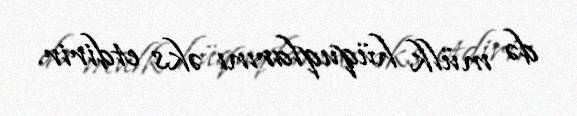
də mülk hüquqlarını əks etdirir.